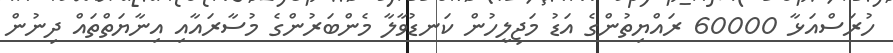
ހުރަސްއަޅާ 60000 ރައްޔިތުންގެ އަޑު މަޖިލީހުން ކަނޑުވާލާ މެންބަރުންގެ މުސާރައާއި އިނާޔަތްތައް ދިނުން